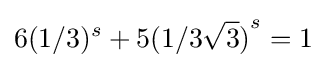
6(1/3)^{s}+5{(1/3{\sqrt {3}})}^{s}=1